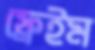
ফ্রেইম